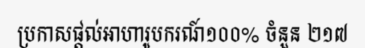
ប្រកាសផ្តល់អាហារូបករណ៍១០០% ចំនួន ២១៧